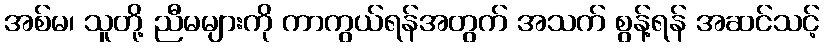
အစ်မ၊ သူတို့ ညီမများကို ကာကွယ်ရန်အတွက် အသက် စွန့်ရန် အဆင်သင့်